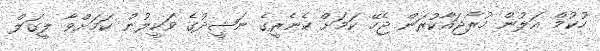
ހުކުމް އަލުން މުރާޖައާކުރަން ޖެހޭ ކަމަށް ކެނެރީގެ ނަޝީދުގެ ވަކީލުން ކަަމަށްވާ ލީގަލް